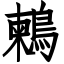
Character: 鶫